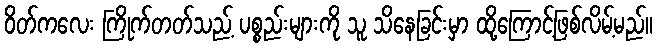
ဝိတ်ကလေး ကြိုက်တတ်သည့် ပစ္စည်းများကို သူ သိနေခြင်းမှာ ထို့ကြောင့်ဖြစ်လိမ့်မည်။